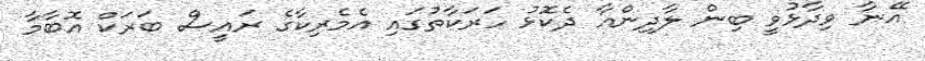
އޭނާ ވިދާޅުވީ ބިން ލާދިންއާ ދެކޮޅު ހަރަކާތުގައި އެމެރިކާގެ ރައީސް ބަރަކް އޮބާމާ